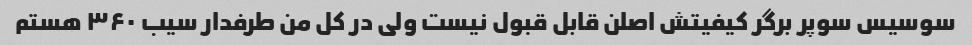
سوسیس سوپر برگر کیفیتش اصلن قابل قبول نیست ولی در کل من طرفدار سیب ۳۶۰ هستم